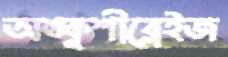
অঙ্কুশীব্লেইজ